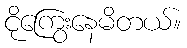
ငိုကြွေးနေမိတယ်။